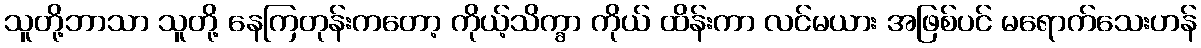
သူတို့ဘာသာ သူတို့ နေကြတုန်းကတော့ ကိုယ့်သိက္ခာ ကိုယ် ထိန်းကာ လင်မယား အဖြစ်ပင် မရောက်သေးဟန်